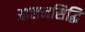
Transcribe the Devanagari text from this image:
आसनसिद्धि